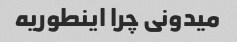
میدونی چرا اینطوریه